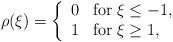
LaTeX: \begin{align*}\rho(\xi)=\left\{ \begin{array}{ll}0&\mbox{for}\; \xi \leq -1,\\1&\mbox{for}\; \xi \geq 1,\end{array} \right.\end{align*}